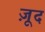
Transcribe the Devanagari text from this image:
ज़ूद